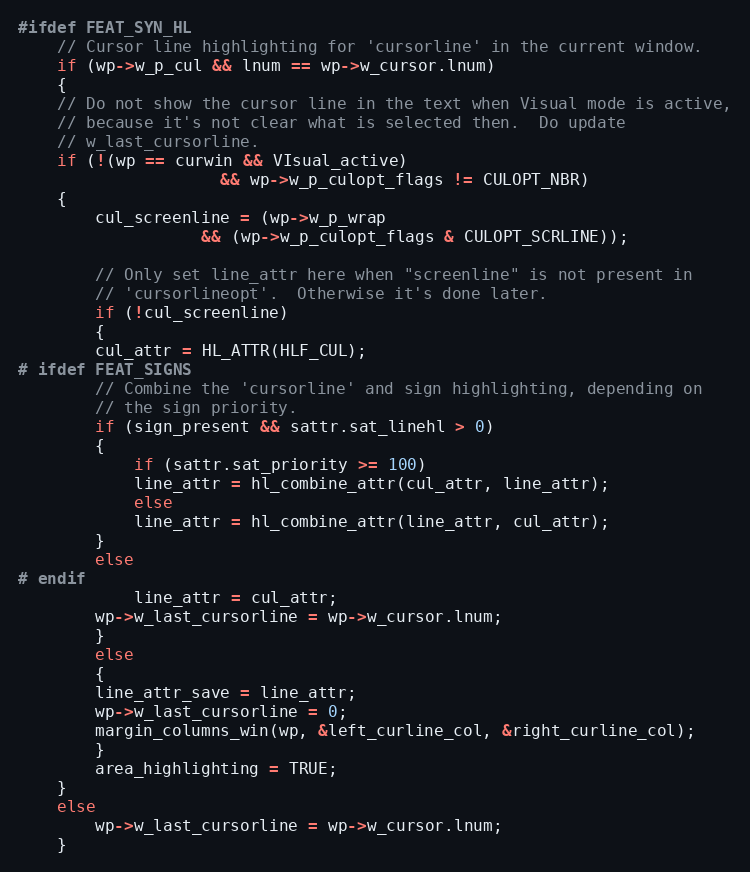
Language: C
#ifdef FEAT_SYN_HL
    // Cursor line highlighting for 'cursorline' in the current window.
    if (wp->w_p_cul && lnum == wp->w_cursor.lnum)
    {
	// Do not show the cursor line in the text when Visual mode is active,
	// because it's not clear what is selected then.  Do update
	// w_last_cursorline.
	if (!(wp == curwin && VIsual_active)
					 && wp->w_p_culopt_flags != CULOPT_NBR)
	{
	    cul_screenline = (wp->w_p_wrap
				   && (wp->w_p_culopt_flags & CULOPT_SCRLINE));

	    // Only set line_attr here when "screenline" is not present in
	    // 'cursorlineopt'.  Otherwise it's done later.
	    if (!cul_screenline)
	    {
		cul_attr = HL_ATTR(HLF_CUL);
# ifdef FEAT_SIGNS
		// Combine the 'cursorline' and sign highlighting, depending on
		// the sign priority.
		if (sign_present && sattr.sat_linehl > 0)
		{
		    if (sattr.sat_priority >= 100)
			line_attr = hl_combine_attr(cul_attr, line_attr);
		    else
			line_attr = hl_combine_attr(line_attr, cul_attr);
		}
		else
# endif
		    line_attr = cul_attr;
		wp->w_last_cursorline = wp->w_cursor.lnum;
	    }
	    else
	    {
		line_attr_save = line_attr;
		wp->w_last_cursorline = 0;
		margin_columns_win(wp, &left_curline_col, &right_curline_col);
	    }
	    area_highlighting = TRUE;
	}
	else
	    wp->w_last_cursorline = wp->w_cursor.lnum;
    }